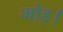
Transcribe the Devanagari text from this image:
मोड़।